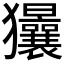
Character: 𱮱